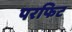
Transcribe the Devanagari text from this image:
परफिट